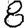
Digit: 8